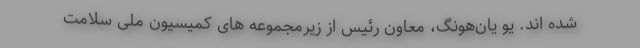
شده اند. یو یان‌هونگ، معاون رئیس از زیرمجموعه های کمیسیون ملی سلامت